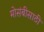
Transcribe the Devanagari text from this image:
मोसंबीसाठी